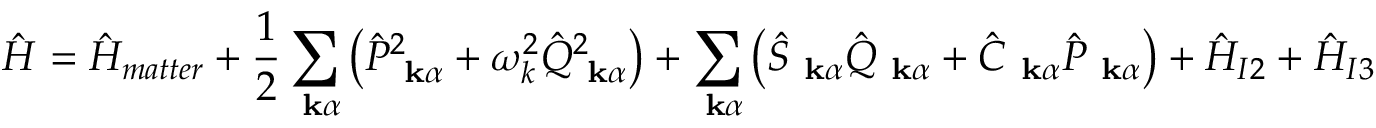
\hat { H } = \hat { H } _ { m a t t e r } + \frac { 1 } { 2 } \sum _ { \mathrm { \bf ~ k } \alpha } \left( \hat { P } _ { \mathrm { \bf ~ k } \alpha } ^ { 2 } + \omega _ { k } ^ { 2 } \hat { Q } _ { \mathrm { \bf ~ k } \alpha } ^ { 2 } \right) + \sum _ { \mathrm { \bf ~ k } \alpha } \left( \hat { S } _ { \mathrm { \bf ~ k } \alpha } \hat { Q } _ { \mathrm { \bf ~ k } \alpha } + \hat { C } _ { \mathrm { \bf ~ k } \alpha } \hat { P } _ { \mathrm { \bf ~ k } \alpha } \right) + \hat { H } _ { I 2 } + \hat { H } _ { I 3 }